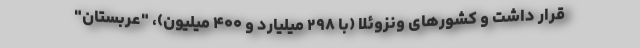
قرار داشت و کشورهای ونزوئلا (با ۲۹۸ میلیارد و ۴۰۰ میلیون)، "عربستان"